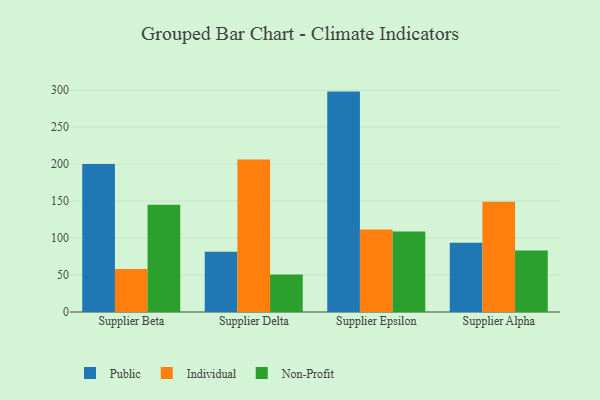
{"axis": {"x": "Supplier", "y": "Revenue (USD Million)"}, "legend": ["Individual", "Non-Profit", "Public"], "data": [{"x": "Supplier Beta", "y": 200.1, "type": "Public"}, {"x": "Supplier Beta", "y": 58.1, "type": "Individual"}, {"x": "Supplier Beta", "y": 145.1, "type": "Non-Profit"}, {"x": "Supplier Delta", "y": 81.5, "type": "Public"}, {"x": "Supplier Delta", "y": 206.1, "type": "Individual"}, {"x": "Supplier Delta", "y": 50.6, "type": "Non-Profit"}, {"x": "Supplier Epsilon", "y": 298.0, "type": "Public"}, {"x": "Supplier Epsilon", "y": 111.7, "type": "Individual"}, {"x": "Supplier Epsilon", "y": 108.7, "type": "Non-Profit"}, {"x": "Supplier Alpha", "y": 93.6, "type": "Public"}, {"x": "Supplier Alpha", "y": 149.1, "type": "Individual"}, {"x": "Supplier Alpha", "y": 83.1, "type": "Non-Profit"}]}